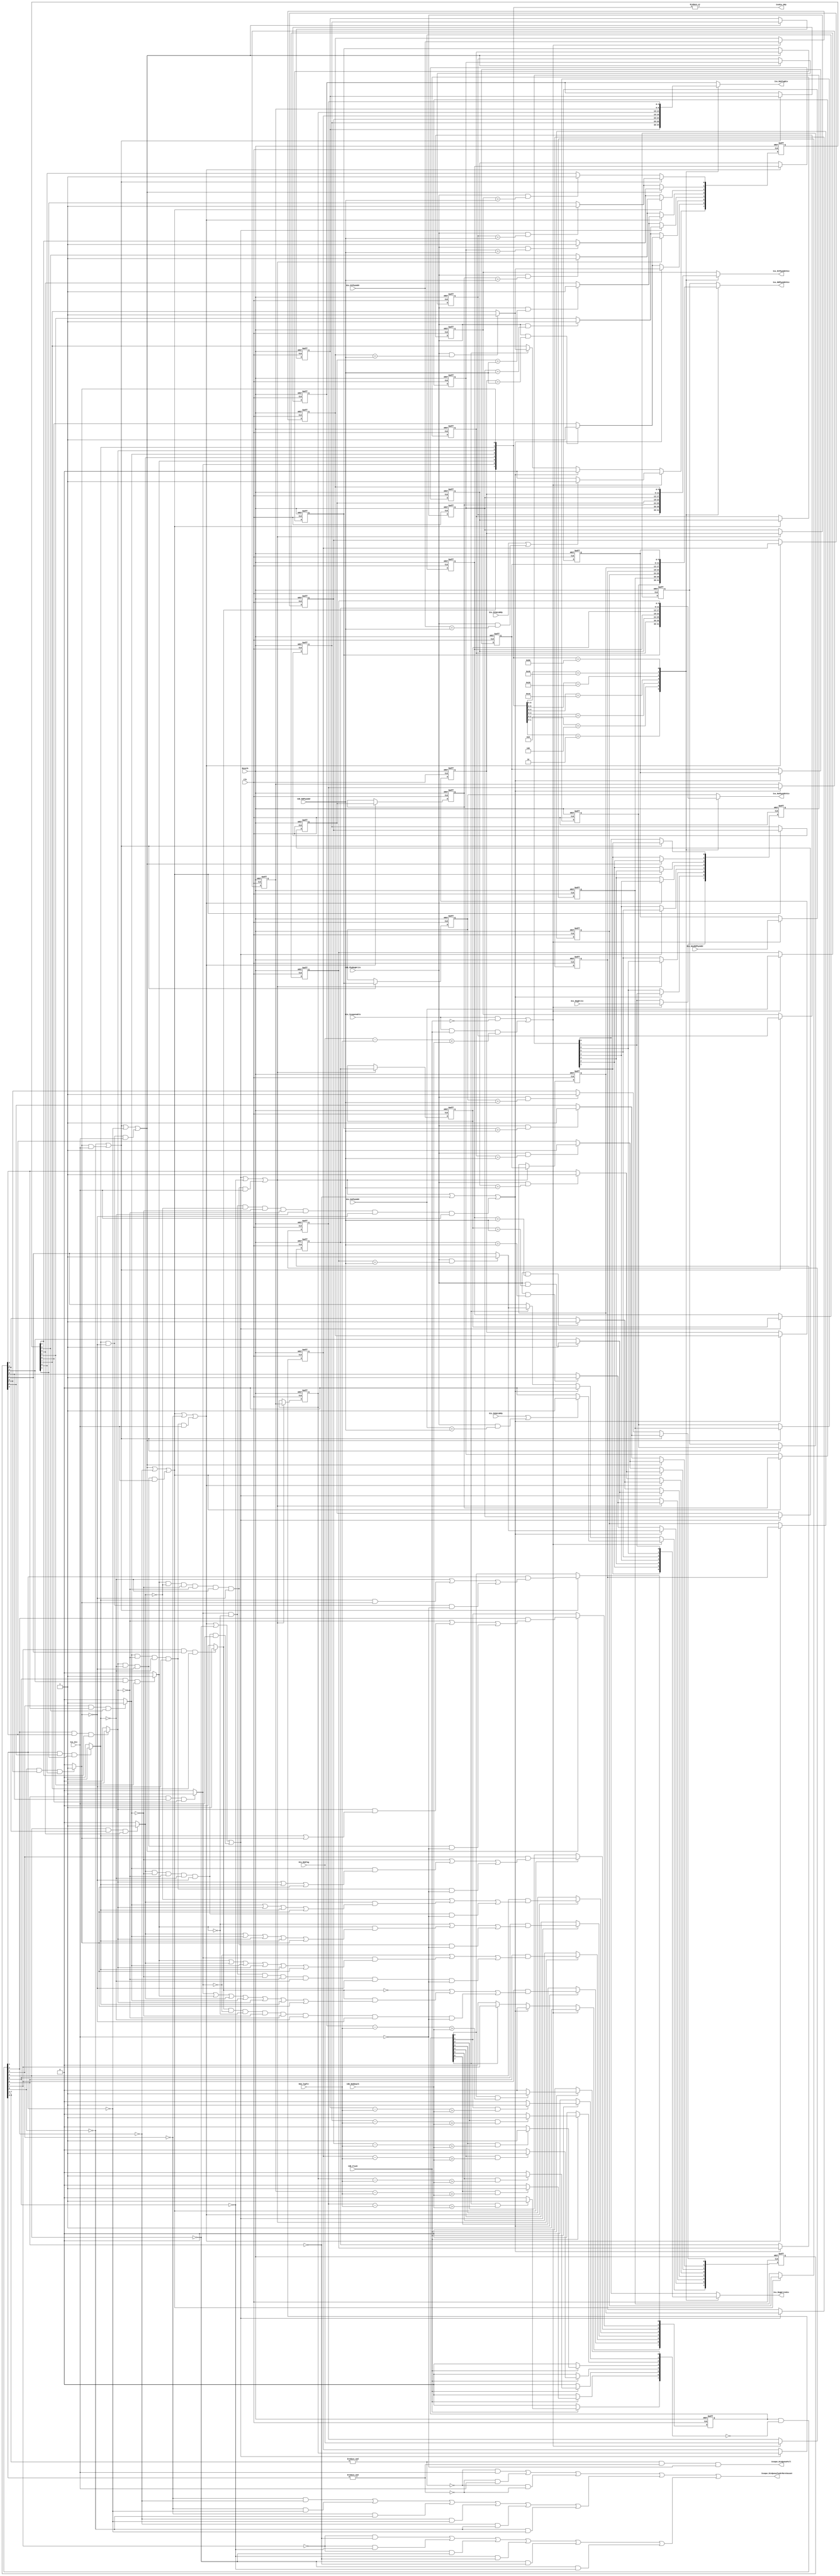
`timescale 1ps/1ps
module Div_IssueQueue(
    input Clk,
    input Resetb,
//Information to be captured from the Write port of Physical Register file
    input [5:0] Cdb_RdPhyAddr,
    input Cdb_PhyRegWrite,
//Information from the Dispatch Unit
    input Dis_Issquenable,
    input Dis_RsDataRdy,
    input Dis_RtDataRdy,
    input Dis_RegWrite,
    input [5:0] Dis_RsPhyAddr,
    input [5:0] Dis_RtPhyAddr,
    input [5:0] Dis_NewRdPhyAddr,
    input [4:0] Dis_RobTag,
    output Issque_DivQueueFull,
    output Issque_DivQueueTwoOrMoreVacant,
// Interface with the Issue Unit
    output IssDiv_Rdy,
    input Iss_Div,
//Interface with the Physical Register File
    output reg [5:0] Iss_RsPhyAddrDiv,
    output reg [5:0] Iss_RtPhyAddrDiv,
//Interface with the Execution unit
    output reg [5:0] Iss_RdPhyAddrDiv,
    output reg [4:0] Iss_RobTagDiv,
    output reg Iss_RegWriteDiv,
//Interface with ROB
    input Cdb_Flush,
    input [4:0] Rob_TopPtr,
    input [4:0] Cdb_RobDepth
);
    integer i;
    //Issue queue 
    reg [7:0] IssuequeInstrValReg, IssuequeRegWrite, IssuequeRtReadyReg, IssuequeRsReadyReg;
    reg [5:0] IssuequeRsPhyAddrReg [7:0];
    reg [5:0] IssuequeRtPhyAddrReg [7:0];
    reg [5:0] IssuequeRdPhyAddrReg [7:0];
    reg [4:0] IssuequeRobTag [7:0];
    ////////////////////////////////////////////
    //combinational logic
    reg [7:0] Flush, Valid_AfterFlush, Ready_Issue;
    reg [6:0] Shift_En;
    ////////////////////////////////////////////////////////
    wire Upper4_Full,Lower4_Full, Upper4_2More, Lower4_2More;
    assign Upper4_Full=&Valid_AfterFlush[7:4];
    assign Lower4_Full=&Valid_AfterFlush[3:0];
    assign Upper4_2More=!Valid_AfterFlush[7]&&!Valid_AfterFlush[6]||!Valid_AfterFlush[7]&&!Valid_AfterFlush[5]||!Valid_AfterFlush[7]&&!Valid_AfterFlush[4]||!Valid_AfterFlush[5]&&!Valid_AfterFlush[6]||!Valid_AfterFlush[4]&&!Valid_AfterFlush[6]||!Valid_AfterFlush[4]&&!Valid_AfterFlush[5];
    assign Lower4_2More=!Valid_AfterFlush[3]&&!Valid_AfterFlush[2]||!Valid_AfterFlush[3]&&!Valid_AfterFlush[1]||!Valid_AfterFlush[3]&&!Valid_AfterFlush[0]||!Valid_AfterFlush[2]&&!Valid_AfterFlush[1]||!Valid_AfterFlush[2]&&!Valid_AfterFlush[0]||!Valid_AfterFlush[0]&&!Valid_AfterFlush[1];
    assign Issque_DivQueueTwoOrMoreVacant=!Upper4_Full&&Iss_Div||!Lower4_Full&&Iss_Div||!Upper4_Full&&!Lower4_Full||Lower4_2More||Upper4_2More;
    assign Issque_DivQueueFull=Upper4_Full&&Lower4_Full&&!Iss_Div;
    ///////////////////////////////////////////////////////
    assign IssDiv_Rdy=|Ready_Issue;
    ///////////////////////////////////////////////////////
    //generate above combinational logic signals
    always@(*)begin
        Flush='b0;
        Ready_Issue='b0;
        if(Cdb_Flush)begin
            for(i=0;i<8;i=i+1)begin
                if(IssuequeInstrValReg[i]&&(IssuequeRobTag[i]-Rob_TopPtr>Cdb_RobDepth))begin
                    Flush[i]=1'b1;
                end
            end
        end
        Valid_AfterFlush=IssuequeInstrValReg&(~Flush);
        /////////////////////////////////////////////////////
        //generate ready issue signal
        //ready issueready bitreadybitdataentry7entry710
        //entryready bitx,valid bitissue ready issueissuexvalidx
        //ready issuevalidissuevalid bit,readybit
        for(i=0;i<8;i=i+1)begin
            if(Valid_AfterFlush[i]&&IssuequeRsReadyReg[i]&&IssuequeRtReadyReg[i])begin
                Ready_Issue[i]=1'b1;
            end
        end
        //////////////////////////////////////////////////////
        //generate shift enable signals
        Shift_En[0]=!Valid_AfterFlush[0]||Ready_Issue[0]&&Iss_Div;//valid_afterflush ready_issue
        Shift_En[1]=Shift_En[0]||!Valid_AfterFlush[1]||Ready_Issue[1]&&!Ready_Issue[0]&&Iss_Div;
        Shift_En[2]=Shift_En[1]||!Valid_AfterFlush[2]||Ready_Issue[2]&&!Ready_Issue[1]&&!Ready_Issue[0]&&Iss_Div;
        Shift_En[3]=Shift_En[2]||!Valid_AfterFlush[3]||Ready_Issue[3]&&!Ready_Issue[2]&&!Ready_Issue[1]&&!Ready_Issue[0]&&Iss_Div;
        Shift_En[4]=Shift_En[3]||!Valid_AfterFlush[4]||Ready_Issue[4]&&!Ready_Issue[3]&&!Ready_Issue[2]&&!Ready_Issue[1]&&!Ready_Issue[0]&&Iss_Div;
        Shift_En[5]=Shift_En[4]||!Valid_AfterFlush[5]||Ready_Issue[5]&&!Ready_Issue[4]&&!Ready_Issue[3]&&!Ready_Issue[2]&&!Ready_Issue[1]&&!Ready_Issue[0]&&Iss_Div;
        Shift_En[6]=Shift_En[5]||!Valid_AfterFlush[6]||Ready_Issue[6]&&!Ready_Issue[5]&&!Ready_Issue[4]&&!Ready_Issue[3]&&!Ready_Issue[2]&&!Ready_Issue[1]&&!Ready_Issue[0]&&Iss_Div;
    end
    ////////////////////////////////////
    //entry update logic, validbit readybit
    always@(posedge Clk, negedge Resetb)begin
        if(!Resetb)begin
            IssuequeInstrValReg<='b0;
            IssuequeRegWrite<='bx; 
            IssuequeRtReadyReg<='bx; 
            IssuequeRsReadyReg<='bx;
            for(i=0;i<8;i=i+1)begin
                IssuequeRsPhyAddrReg[i]<='bx;
                IssuequeRtPhyAddrReg[i]<='bx;
                IssuequeRdPhyAddrReg[i]<='bx;
                IssuequeRobTag[i]<='bx;
            end
        end else begin
            //entry0-6
            for(i=1;i<8;i=i+1)begin
                if(Shift_En[i-1])begin
                    IssuequeRegWrite[i-1]<=IssuequeRegWrite[i]; 
                    IssuequeRsPhyAddrReg[i-1]<=IssuequeRsPhyAddrReg[i];
                    IssuequeRtPhyAddrReg[i-1]<=IssuequeRtPhyAddrReg[i];
                    IssuequeRdPhyAddrReg[i-1]<=IssuequeRdPhyAddrReg[i];
                    IssuequeRobTag[i-1]<=IssuequeRobTag[i];
                    IssuequeRtReadyReg[i-1]<=IssuequeRtReadyReg[i]; 
                    IssuequeRsReadyReg[i-1]<=IssuequeRsReadyReg[i];
                    //update ready bit
                    if(Cdb_PhyRegWrite&&IssuequeRsPhyAddrReg[i]==Cdb_RdPhyAddr)begin
                        IssuequeRsReadyReg[i-1]<=1'b1;
                    end else begin
                        IssuequeRsReadyReg[i-1]<=IssuequeRsReadyReg[i];
                    end
                    if(Cdb_PhyRegWrite&&IssuequeRtPhyAddrReg[i]==Cdb_RdPhyAddr)begin
                        IssuequeRtReadyReg[i-1]<=1'b1;
                    end else begin
                        IssuequeRtReadyReg[i-1]<=IssuequeRtReadyReg[i];
                    end
                end else begin
                    if(Cdb_PhyRegWrite&&IssuequeRsPhyAddrReg[i-1]==Cdb_RdPhyAddr)begin
                        IssuequeRsReadyReg[i-1]<=1'b1;
                    end
                    if(Cdb_PhyRegWrite&&IssuequeRtPhyAddrReg[i-1]==Cdb_RdPhyAddr)begin
                        IssuequeRtReadyReg[i-1]<=1'b1;
                    end
                end
            end
            /////////////////////
            //entry0-6 valid bit update
            if(Shift_En[0])begin
                IssuequeInstrValReg[0]<=Valid_AfterFlush[1]&&(!Ready_Issue[1]||Ready_Issue[1]&&Ready_Issue[0]||Ready_Issue[1]&&!Ready_Issue[0]&&!Iss_Div);
            end
             if(Shift_En[1])begin
                IssuequeInstrValReg[1]<=Valid_AfterFlush[2]&&(!Ready_Issue[2]||Ready_Issue[2]&&(Ready_Issue[1]||Ready_Issue[0])||Ready_Issue[2]&&!Ready_Issue[1]&&!Ready_Issue[0]&&!Iss_Div);
            end
            if(Shift_En[2])begin
                IssuequeInstrValReg[2]<=Valid_AfterFlush[3]&&(!Ready_Issue[3]||Ready_Issue[3]&&(Ready_Issue[2]||Ready_Issue[1]||Ready_Issue[0])||Ready_Issue[3]&&!Ready_Issue[2]&&!Ready_Issue[1]&&!Ready_Issue[0]&&!Iss_Div);
            end
            if(Shift_En[3])begin
                IssuequeInstrValReg[3]<=Valid_AfterFlush[4]&&(!Ready_Issue[4]||Ready_Issue[4]&&(Ready_Issue[3]||Ready_Issue[2]||Ready_Issue[1]||Ready_Issue[0])||Ready_Issue[4]&&!Ready_Issue[3]&&!Ready_Issue[2]&&!Ready_Issue[1]&&!Ready_Issue[0]&&!Iss_Div);
            end
            if(Shift_En[4])begin
                IssuequeInstrValReg[4]<=Valid_AfterFlush[5]&&(!Ready_Issue[5]||Ready_Issue[5]&&(Ready_Issue[4]||Ready_Issue[3]||Ready_Issue[2]||Ready_Issue[1]||Ready_Issue[0])||Ready_Issue[5]&&!Ready_Issue[4]&&!Ready_Issue[3]&&!Ready_Issue[2]&&!Ready_Issue[1]&&!Ready_Issue[0]&&!Iss_Div);
            end
            if(Shift_En[5])begin
                IssuequeInstrValReg[5]<=Valid_AfterFlush[6]&&(!Ready_Issue[6]||Ready_Issue[6]&&(Ready_Issue[5]||Ready_Issue[4]||Ready_Issue[3]||Ready_Issue[2]||Ready_Issue[1]||Ready_Issue[0])||Ready_Issue[6]&&!Ready_Issue[5]&&!Ready_Issue[3]&&!Ready_Issue[2]&&!Ready_Issue[1]&&!Ready_Issue[0]&&!Iss_Div);
            end
            if(Shift_En[6])begin
                IssuequeInstrValReg[6]<=Valid_AfterFlush[7]&&(!Ready_Issue[7]||Ready_Issue[7]&&(Ready_Issue[6]||Ready_Issue[5]||Ready_Issue[4]||Ready_Issue[3]||Ready_Issue[2]||Ready_Issue[1]||Ready_Issue[0])||Ready_Issue[7]&&!Ready_Issue[6]&&!Ready_Issue[5]&&!Ready_Issue[3]&&!Ready_Issue[2]&&!Ready_Issue[1]&&!Ready_Issue[0]&&!Iss_Div);
            end
            ///////////////////////////////////////////////////////
            //entry 7 update
            if(Dis_Issquenable&&!Cdb_Flush||Dis_Issquenable&&Cdb_Flush&&Dis_RobTag-Rob_TopPtr<Cdb_RobDepth)begin
                IssuequeInstrValReg[7]<=1'b1;
                IssuequeRegWrite[7]<=Dis_RegWrite; 
                IssuequeRsPhyAddrReg[7]<=Dis_RsPhyAddr;
                IssuequeRtPhyAddrReg[7]<=Dis_RtPhyAddr;
                IssuequeRdPhyAddrReg[7]<=Dis_NewRdPhyAddr;
                IssuequeRobTag[7]<=Dis_RobTag;
                if(Dis_RsDataRdy||Cdb_PhyRegWrite&&Dis_RsPhyAddr==Cdb_RdPhyAddr)begin
                    IssuequeRsReadyReg[7]<=1'b1;
                end else begin
                    IssuequeRsReadyReg[7]<=1'b0;
                end
                if(Dis_RtDataRdy||Cdb_PhyRegWrite&&Dis_RtPhyAddr==Cdb_RdPhyAddr)begin
                    IssuequeRtReadyReg[7]<=1'b1; 
                end else begin
                    IssuequeRtReadyReg[7]<=1'b0; 
                end
            end else if(Shift_En[6])begin//invalid input or valid but flush
                IssuequeInstrValReg[7]<=1'b0;
                IssuequeRsReadyReg[7]<=1'b0;
                IssuequeRtReadyReg[7]<=1'b0;       
            end else if(IssuequeInstrValReg[7]) begin//valid,ready bit
                IssuequeInstrValReg[7]<=Valid_AfterFlush[7];
                if(Cdb_PhyRegWrite&&IssuequeRsPhyAddrReg[7]==Cdb_RdPhyAddr)begin
                    IssuequeRsReadyReg[7]<=1'b1; 
                end
                if(Cdb_PhyRegWrite&&IssuequeRtPhyAddrReg[7]==Cdb_RdPhyAddr)begin
                    IssuequeRtReadyReg[7]<=1'b1; 
                end      
            end
        end
    end
    //////////////////////////////////////////////////////////////
    //select output entry
    always @(*) begin
        casez(Ready_Issue)
            8'bzzzz_zz10:begin
                Iss_RsPhyAddrDiv=IssuequeRsPhyAddrReg[1];
                Iss_RtPhyAddrDiv=IssuequeRtPhyAddrReg[1];
                Iss_RdPhyAddrDiv=IssuequeRdPhyAddrReg[1];
                Iss_RobTagDiv=IssuequeRobTag[1];
                Iss_RegWriteDiv=IssuequeRegWrite[1];
            end
            8'bzzzz_z100:begin
                Iss_RsPhyAddrDiv=IssuequeRsPhyAddrReg[2];
                Iss_RtPhyAddrDiv=IssuequeRtPhyAddrReg[2];
                Iss_RdPhyAddrDiv=IssuequeRdPhyAddrReg[2];
                Iss_RobTagDiv=IssuequeRobTag[2];
                Iss_RegWriteDiv=IssuequeRegWrite[2];
            end
            8'bzzzz_1000:begin
                Iss_RsPhyAddrDiv=IssuequeRsPhyAddrReg[3];
                Iss_RtPhyAddrDiv=IssuequeRtPhyAddrReg[3];
                Iss_RdPhyAddrDiv=IssuequeRdPhyAddrReg[3];
                Iss_RobTagDiv=IssuequeRobTag[3];
                Iss_RegWriteDiv=IssuequeRegWrite[3];
            end
            8'bzzz1_0000:begin
                Iss_RsPhyAddrDiv=IssuequeRsPhyAddrReg[4];
                Iss_RtPhyAddrDiv=IssuequeRtPhyAddrReg[4];
                Iss_RdPhyAddrDiv=IssuequeRdPhyAddrReg[4];
                Iss_RobTagDiv=IssuequeRobTag[4];
                Iss_RegWriteDiv=IssuequeRegWrite[4];
            end
            8'bzz10_0000:begin
                Iss_RsPhyAddrDiv=IssuequeRsPhyAddrReg[5];
                Iss_RtPhyAddrDiv=IssuequeRtPhyAddrReg[5];
                Iss_RdPhyAddrDiv=IssuequeRdPhyAddrReg[5];
                Iss_RobTagDiv=IssuequeRobTag[5];
                Iss_RegWriteDiv=IssuequeRegWrite[5];
            end
            8'bz100_0000:begin
                Iss_RsPhyAddrDiv=IssuequeRsPhyAddrReg[6];
                Iss_RtPhyAddrDiv=IssuequeRtPhyAddrReg[6];
                Iss_RdPhyAddrDiv=IssuequeRdPhyAddrReg[6];
                Iss_RobTagDiv=IssuequeRobTag[6];
                Iss_RegWriteDiv=IssuequeRegWrite[6];
            end
            8'b1000_0000:begin
                Iss_RsPhyAddrDiv=IssuequeRsPhyAddrReg[7];
                Iss_RtPhyAddrDiv=IssuequeRtPhyAddrReg[7];
                Iss_RdPhyAddrDiv=IssuequeRdPhyAddrReg[7];
                Iss_RobTagDiv=IssuequeRobTag[7];
                Iss_RegWriteDiv=IssuequeRegWrite[7];
            end
            default:begin
                Iss_RsPhyAddrDiv=IssuequeRsPhyAddrReg[0];
                Iss_RtPhyAddrDiv=IssuequeRtPhyAddrReg[0];
                Iss_RdPhyAddrDiv=IssuequeRdPhyAddrReg[0];
                Iss_RobTagDiv=IssuequeRobTag[0];
                Iss_RegWriteDiv=IssuequeRegWrite[0];
            end
        endcase
    end
endmodule